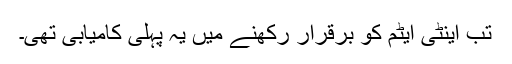
تب اینٹی ایٹم کو برقرار رکھنے میں یہ پہلی کامیابی تھی۔